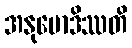
အနုမောဒိဿတိ